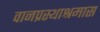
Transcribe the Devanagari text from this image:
वानप्रस्थाश्रमास